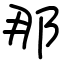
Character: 那